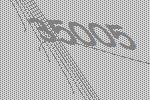
35005